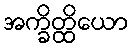
အက္ခိတ္ထိယော